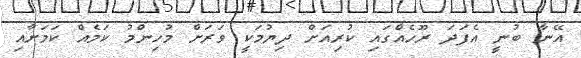
އޭނާ ބުނީ އެފަދަ ރޫހެއްގައި ކުރިއަށް ދިޔުމަކީ ވަރަށް މުހިންމު ކަމެއް ކަމަށާއި